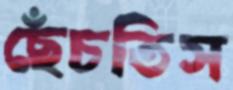
ছেঁচতিস